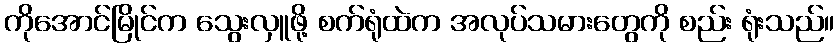
ကိုအောင်မြိုင်က သွေးလှူဖို့ စက်ရုံထဲက အလုပ်သမားတွေကို စည်း ရုံးသည်။